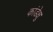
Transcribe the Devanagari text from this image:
कांडेक्षु